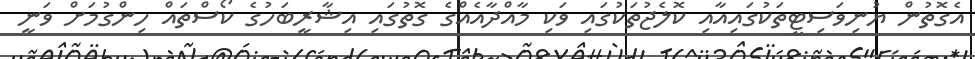
އެގޮތުން ޔުނިވަސިޓީތަކުގައިއާއި ކޮލެޖުތަކުގައި ވަކި މާއްދާއެއްގެ ގޮތުގައި އިޝާރީބަހުގެ ކޯސްތައް ހިންގުމަށް ވަނީ